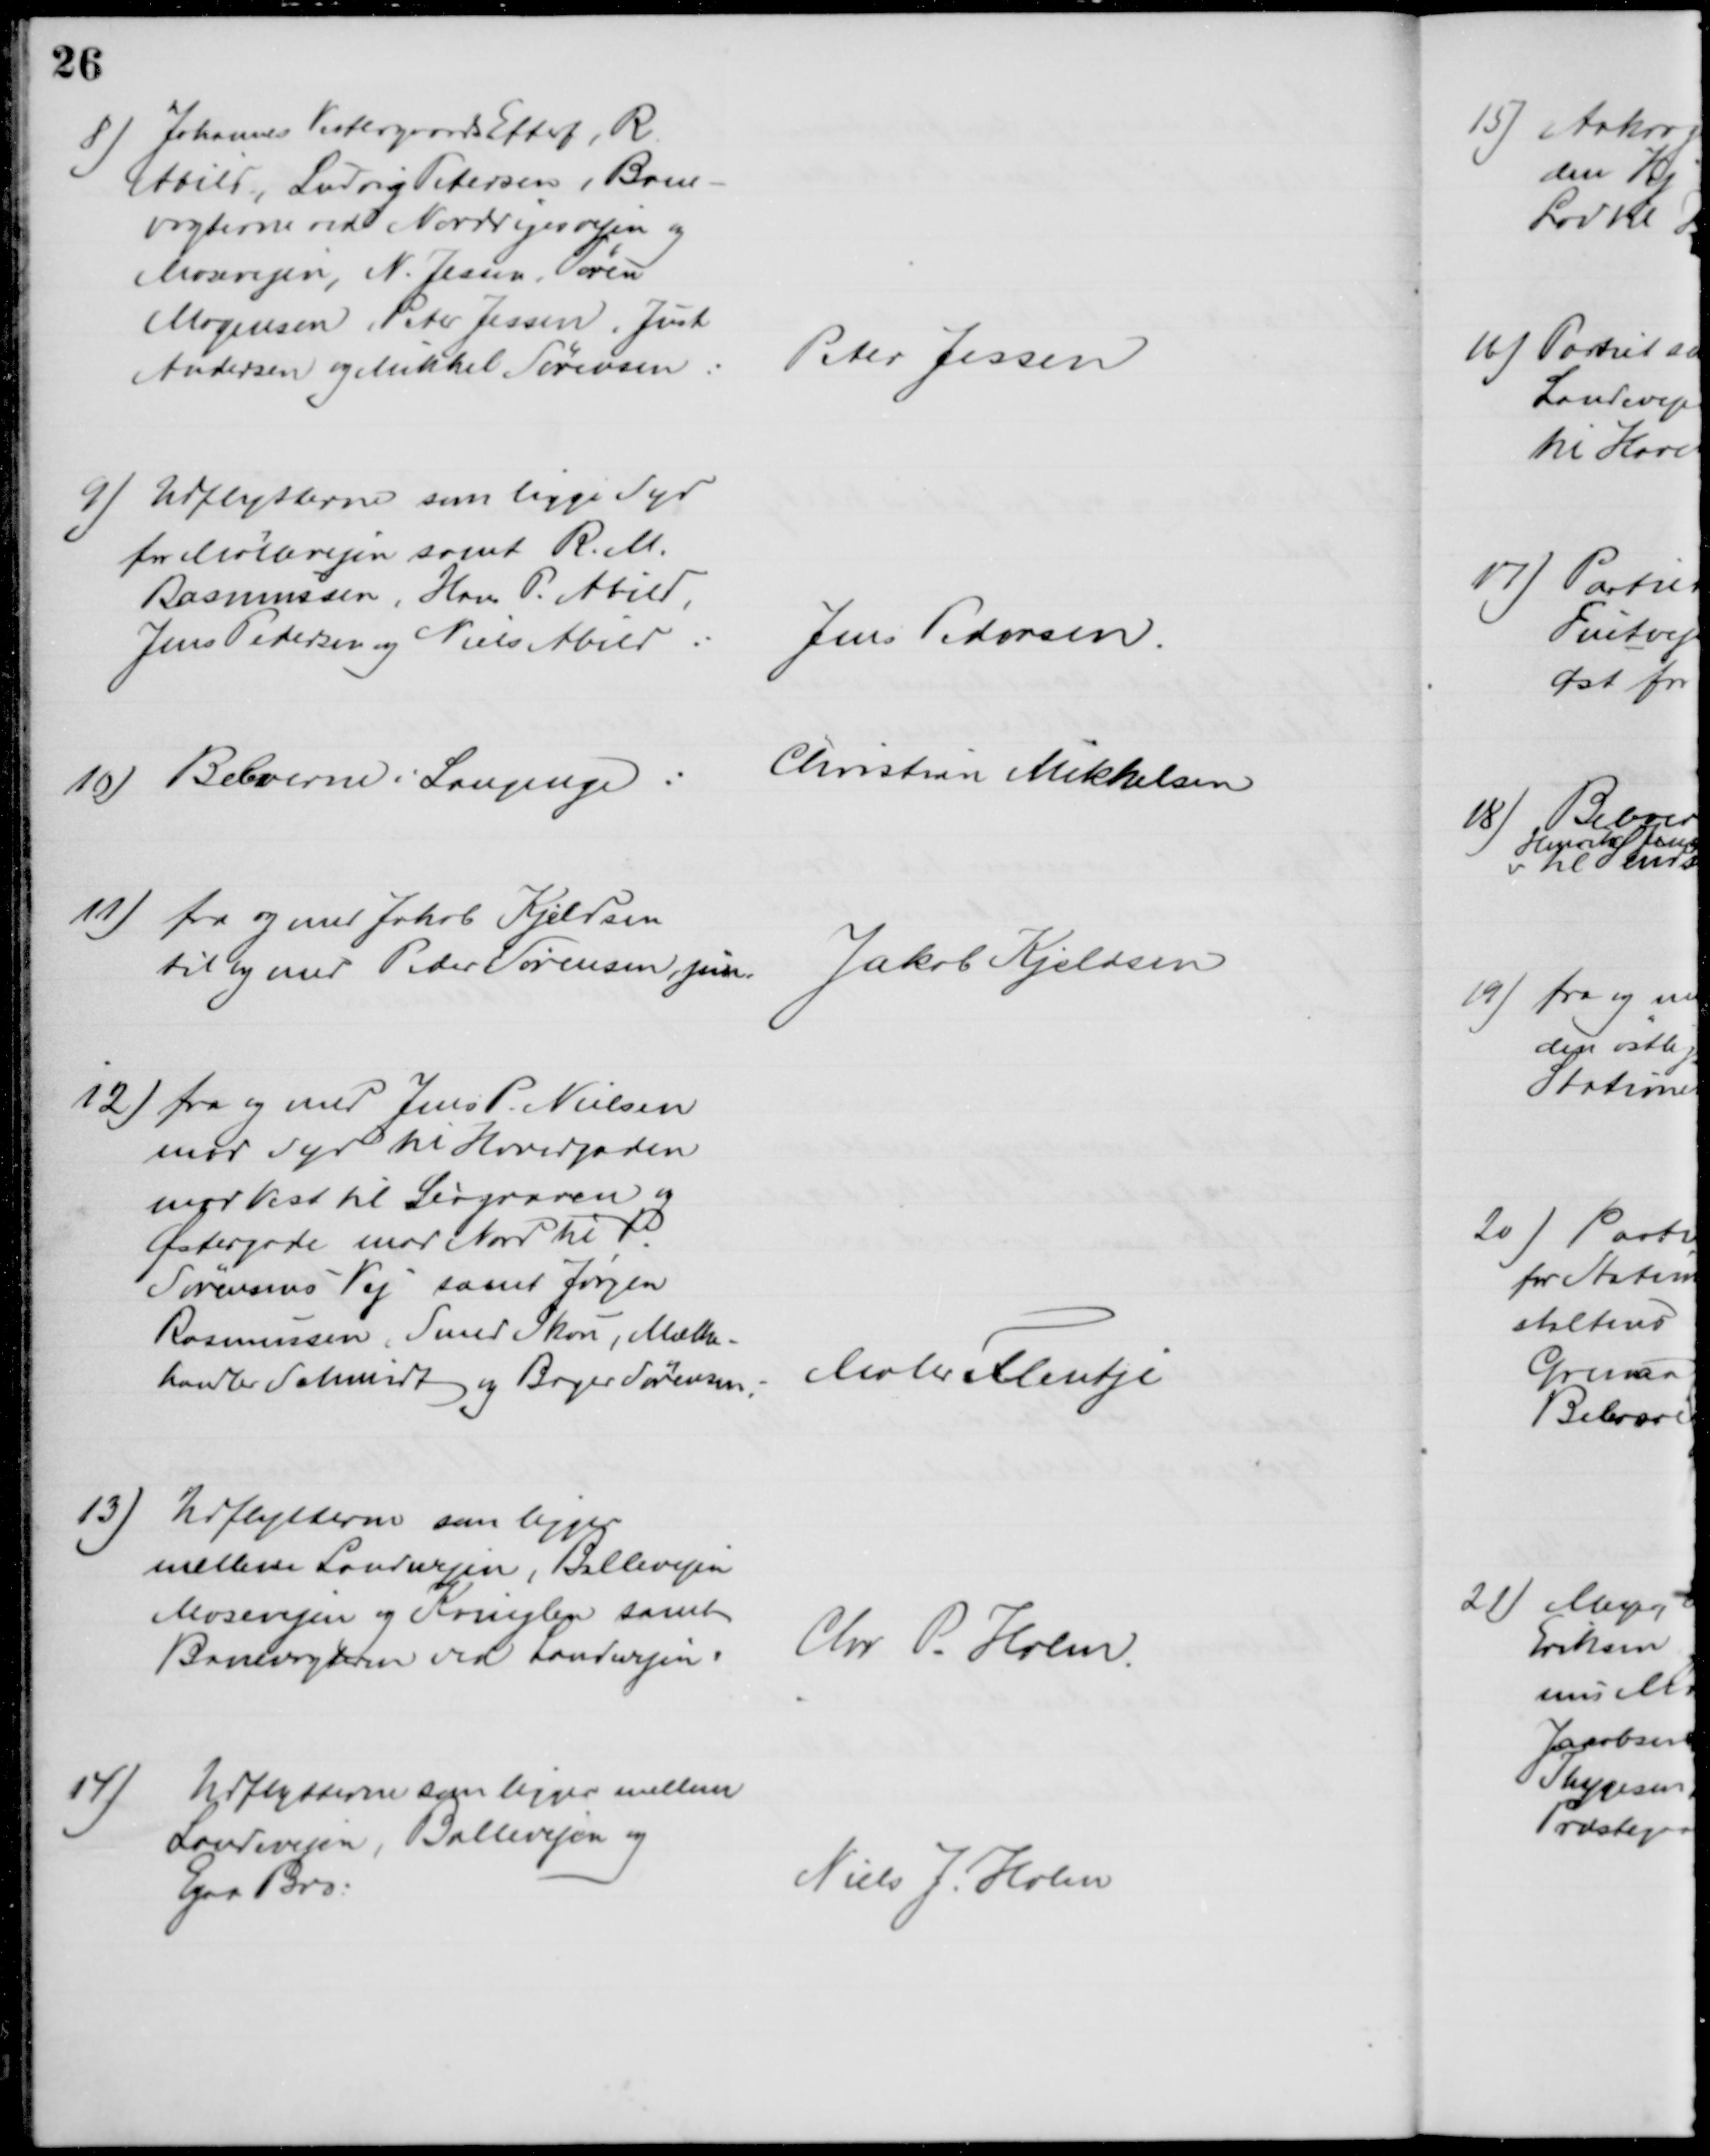
Transskription:
8) Johannes Vestergaards Efterf, R. 
Abild, Ludvig Petersen, Bane-
vogterne ved Norddigesvejen og
Mosevejen, N. Jessen, Søren
Mogensen Peter Jessen, Just
Andersen og Mikkel Sørensen:
Peter Jessen
9) Udflytterne som ligge Syd
for Møllevejen samt R. M.
Rasmussen, Hans P. Abild,
Jens Pedersen og Niels Abild:
Jens Pedersen.
10)
Beboerne i Langenge:
Christian Mikkelsen
11) fra og med Jakob Kjeldsen
til og med Peder Sørensen, jun.
Jakob Kjeldsen
12) fra og med Jens P. Nielsen
mod Syd til Hovedgaden
mod Vest til Lergraven og
Østergade mod Nord til P.
Sørensens Vej samt Jørgen
Rasmussen, Smed Skou, Mælke-
handler Schmidt og Bager Sørensen
Maler Flentje
13) Udflytterne som ligger
mellem Landvejen, Ballevejen
Mosevejen og Kringlen samt
Banevogteren ved Landevejen:
Chr. P. Holm.
14)
Udflytterne som ligger mellem
Landevejen, Ballevejen og
Egaa Bro:
Niels J. Holm